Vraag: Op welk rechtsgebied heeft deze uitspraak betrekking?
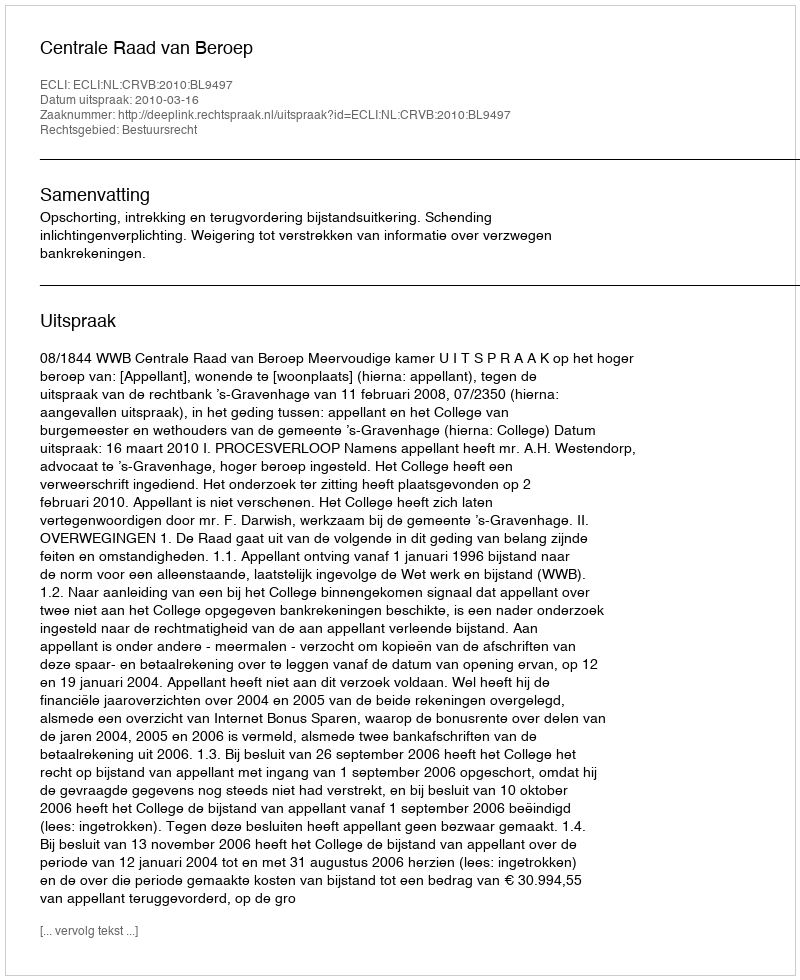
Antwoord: Bestuursrecht